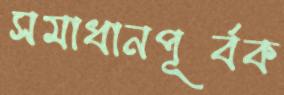
সমাধানপূর্বক